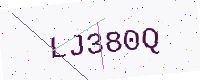
Text: LJ380Q